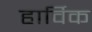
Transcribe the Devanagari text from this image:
हार्विक